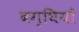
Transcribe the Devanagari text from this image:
बग्घियों